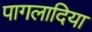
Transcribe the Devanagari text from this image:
पागलादिया